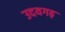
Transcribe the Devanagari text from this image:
उदयगढ़